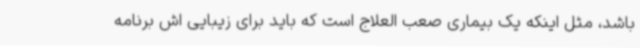
باشد، مثل اینکه یک بیماری صعب العلاج است که باید برای زیبایی اش برنامه